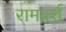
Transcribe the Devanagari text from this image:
रामदर्श